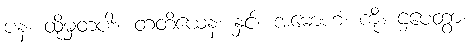
ပန၊ ထိုမှတပါး။ တတိယေန၊ နှင့်။ အမောဟံ၊ ကို။ ဌပေတွာ၊